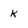
Character: k